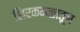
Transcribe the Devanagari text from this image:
शिरकमळातून